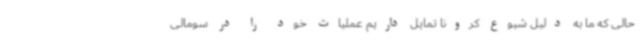
حالی که ما به دلیل شیوع کرونا تمایل داریم عملیات خود را در سومالی